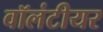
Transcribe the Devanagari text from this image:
वॉलंटीयर